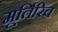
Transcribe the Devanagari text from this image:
मूर्तिरिव